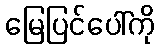
မြေပြင်ပေါ်ကို